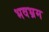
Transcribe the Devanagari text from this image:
भवभ्रम